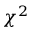
\chi ^ { 2 }